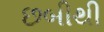
છબીથી